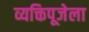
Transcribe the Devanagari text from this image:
व्यक्तिपूजेला